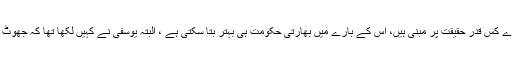
معاشی ترقی کے یہ دعوے کس قدر حقیقت پر مبنی ہیں، اس کے بارے میں بھارتی حکومت ہی بہتر بتا سکتی ہے ، البتہ یوسفی نے کہیں لکھا تھا کہ جھوٹ تین طرح کے ہوتے ہیں۔